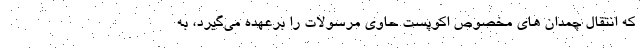
که انتقال چمدان های مخصوص اکوپست حاوی مرسولات را برعهده می‌گیرد، به